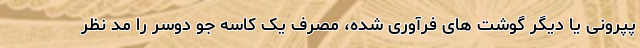
پپرونی یا دیگر گوشت های فرآوری شده، مصرف یک کاسه جو دوسر را مد نظر